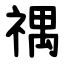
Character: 禑